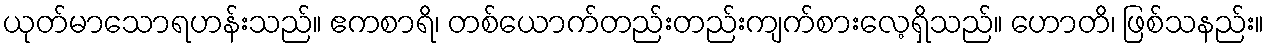
ယုတ်မာသောရဟန်းသည်။ ဧကစာရိ၊ တစ်ယောက်တည်းတည်းကျက်စားလေ့ရှိသည်။ ဟောတိ၊ ဖြစ်သနည်း။